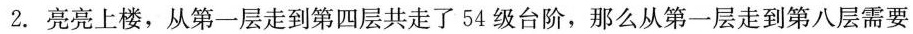
2. 亮亮上楼，从第一层走到第四层共走了54级台阶，那么从第一层走到第八层需要